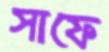
সাফে